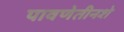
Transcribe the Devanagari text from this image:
पावणेतीनशे